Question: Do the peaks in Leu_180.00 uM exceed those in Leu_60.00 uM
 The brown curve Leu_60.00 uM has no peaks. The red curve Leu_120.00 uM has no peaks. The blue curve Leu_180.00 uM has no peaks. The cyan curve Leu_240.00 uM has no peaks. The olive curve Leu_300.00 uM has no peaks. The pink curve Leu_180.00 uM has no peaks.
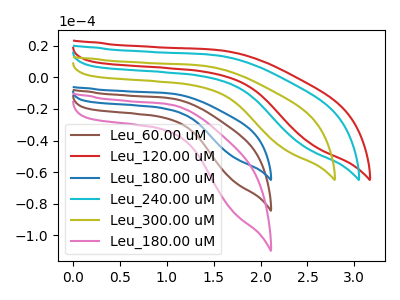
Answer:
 <answer>Niether CV has any peaks.</answer>
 <eval>blanks</eval>